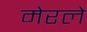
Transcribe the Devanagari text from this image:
मेरले